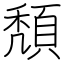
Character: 頽